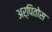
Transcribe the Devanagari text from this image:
अर्पितोस